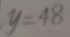
y = 4 8